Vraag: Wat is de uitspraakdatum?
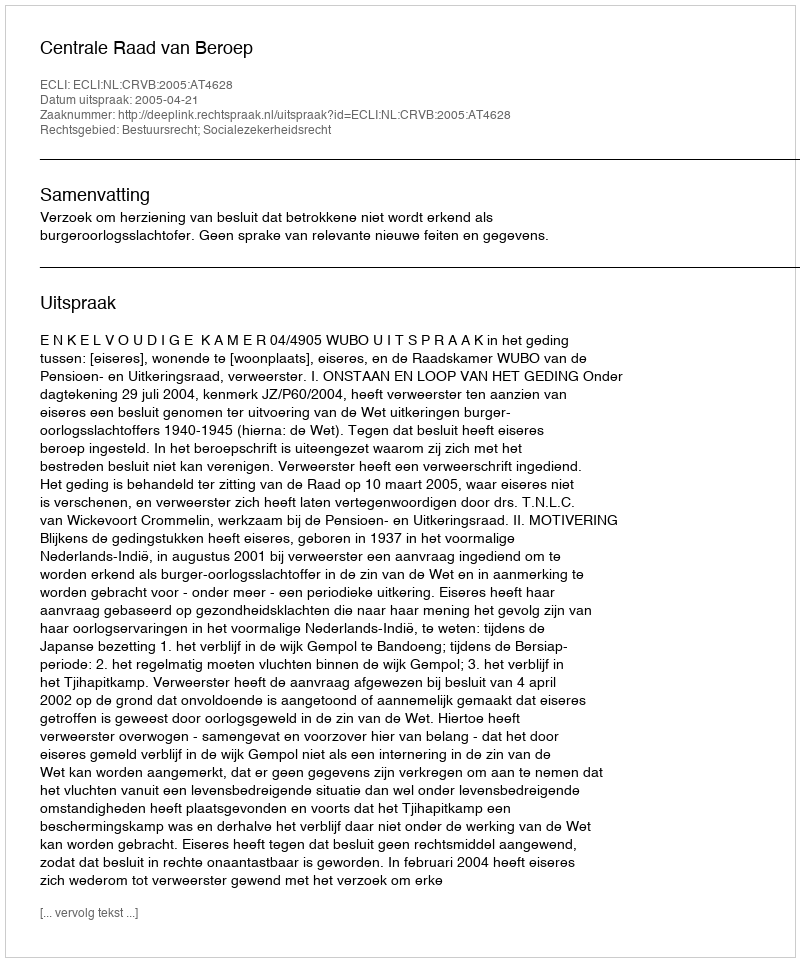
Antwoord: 2005-04-21